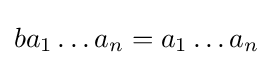
ba_{1}\dots a_{n}=a_{1}\dots a_{n}